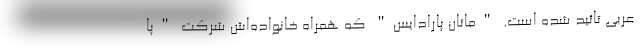
عربی تائید شده است. "ماتان پارادایس" که همراه خانواده‌اش شرکت "پا